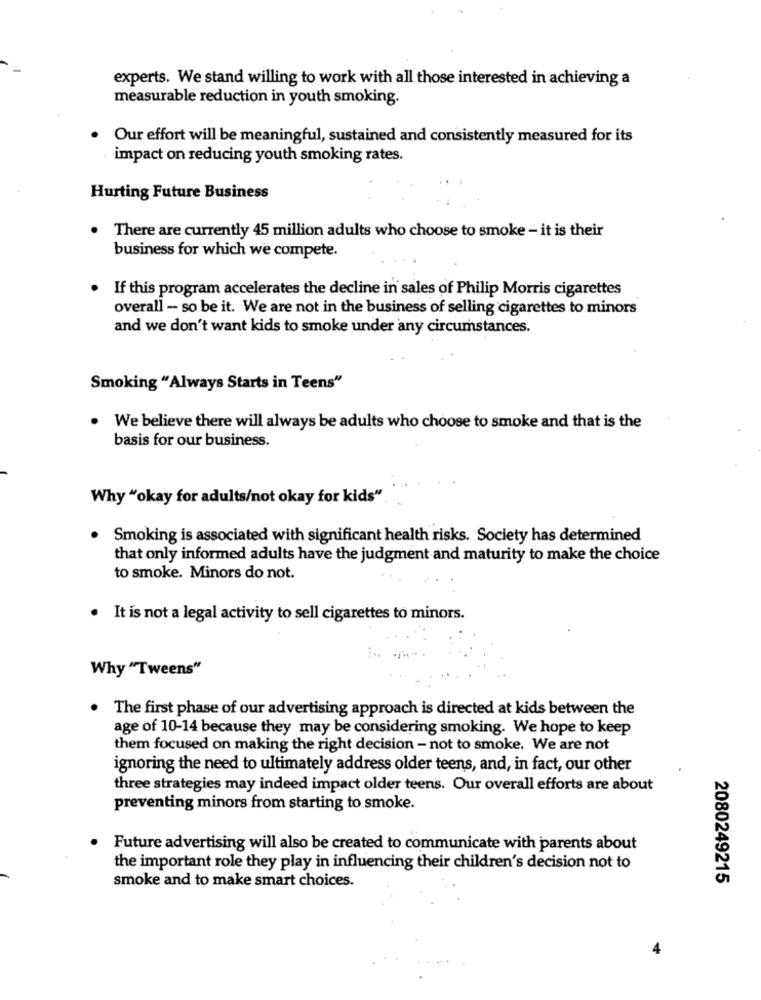
experts. We stand willing to work with all those interested in achieving a
measurable reduction in youth smoking.
. Our effort will be meaningful, sustained and consistently measured for its
impact on reducing youth smoking rates.
Hurting Future Business
There are currently 45 million adults who choose to smoke - it is their
business for which we compete.
. If this program accelerates the decline in sales of Philip Morris cigarettes
overall - so be it. We are not in the business of selling cigarettes to minors
and we don't want kids to smoke under any circumstances.
Smoking "Always Starts in Teens"
We believe there will always be adults who choose to smoke and that is the
basis for our business.
Why "okay for adults/not okay for kids"
Smoking is associated with significant health risks. Society has determined
that only informed adults have the judgment and maturity to make the choice
to smoke. Minors do not.
. It is not a legal activity to sell cigarettes to minors.
Why "Tweens"
.
The first phase of our advertising approach is directed at kids between the
age of 10-14 because they may be considering smoking. We hope to keep
them focused on making the right decision - not to smoke. We are not
ignoring the need to ultimately address older teens, and, in fact, our other
three strategies may indeed impact older teens. Our overall efforts are about
preventing minors from starting to smoke.
Future advertising will also be created to communicate with parents about
the important role they play in influencing their children's decision not to
2080249215
smoke and to make smart choices.